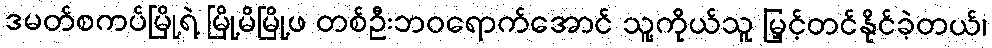
ဒမတ်စကပ်မြို့ရဲ့ မြို့မိမြို့ဖ တစ်ဦးဘဝရောက်အောင် သူ့ကိုယ်သူ မြှင့်တင်နိုင်ခဲ့တယ်၊